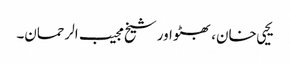
یحیی خان، بھٹو اور شیخ مجیب الرحمان۔